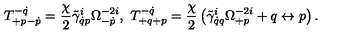
T _ { + p - \dot { p } } ^ { - \dot { q } } = \frac { \chi } { 2 } \tilde { \gamma } _ { \dot { q } p } ^ { i } \Omega _ { - \dot { p } } ^ { - 2 i } , \ T _ { + q + p } ^ { - \dot { q } } = \frac { \chi } { 2 } \left( \tilde { \gamma } _ { \dot { q } q } ^ { i } \Omega _ { + p } ^ { - 2 i } + q \leftrightarrow p \right) .